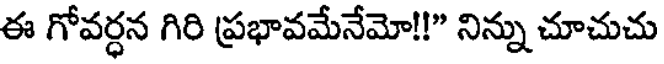
ఈ గోవర్ధన గిరి ప్రభావమేనేమో!!" నిన్ను చూచుచు